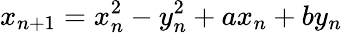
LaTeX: x_{n+1}=x_{n}^{2}-y_{n}^{2}+ax_{n}+by_{n}